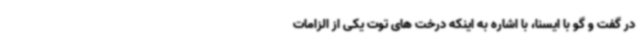
در گفت و گو با ایسنا، با اشاره به اینکه درخت های توت یکی از الزامات